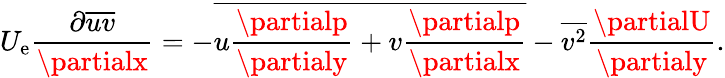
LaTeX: U_{\mathrm{e}}\frac{{\partial\overline{{{uv}}}}}{{\partialx}}=-\overline{{{u\frac{{\partialp}}{{\partialy}}+v\frac{{\partialp}}{{\partialx}}}}}-\overline{{{v^{2}}}}\frac{{\partialU}}{{\partialy}}.